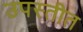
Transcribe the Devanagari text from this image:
उपस्तीत